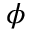
\phi